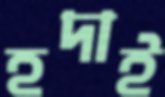
হদাই